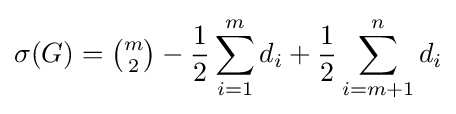
\sigma (G)={\tbinom {m}{2}}-{\frac {1}{2}}\sum _{i=1}^{m}d_{i}+{\frac {1}{2}}\sum _{i=m+1}^{n}d_{i}